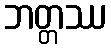
ဘတ္တဿ